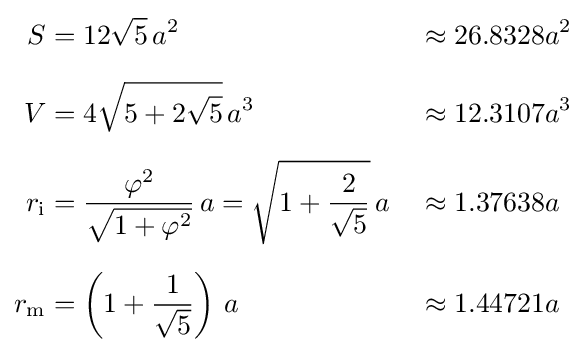
{\begin{aligned}S&=12{\sqrt {5}}\,a^{2}&&\approx 26.8328a^{2}\\[6px]V&=4{\sqrt {5+2{\sqrt {5}}}}\,a^{3}&&\approx 12.3107a^{3}\\[6px]r_{\mathrm {i} }&={\frac {\varphi ^{2}}{\sqrt {1+\varphi ^{2}}}}\,a={\sqrt {1+{\frac {2}{\sqrt {5}}}}}\,a&&\approx 1.37638a\\[6px]r_{\mathrm {m} }&=\left(1+{\frac {1}{\sqrt {5}}}\right)\,a&&\approx 1.44721a\end{aligned}}